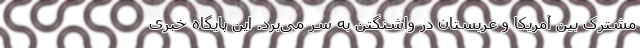
مشترک بین آمریکا و عربستان در واشنگتن به سر می‌برد. این پایگاه خبری